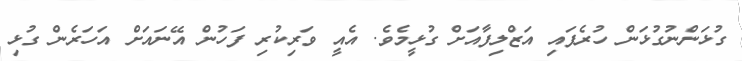
ގުޅަންނުގުޅަން ހުރެފައި އަޒްލިފާއަށް ގުޅީމެވެ. އެއީ ވަރިކުރި ފަހުން އޭނައަށް އަހަރެން ގުޅި